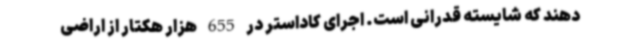
دهند که شایسته قدرانی است. اجرای کاداستر در 655 هزار هکتار از اراضی